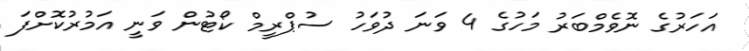
އަހަރުގެ ނޮވެމްބަރު މަހުގެ 4 ވަނަ ދުވަހު ސުޕްރީމް ކޯޓުން ވަނީ އަމުރުކޮށްފަ